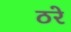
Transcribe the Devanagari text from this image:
ठरे